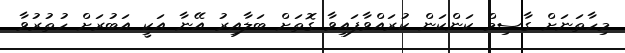
މިހާތަނަށް ގާސިމް ކަންކަން ކުރައްވާފައިވާ ގޮތަށް ބަލާއިރު އޭނާ އަކީ އަބުރަށް ހުތުރުވާ